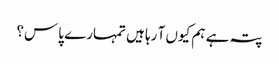
پتہ ہے ہم کیوں آ رہا ہیں تمہارے پاس؟